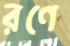
রণে